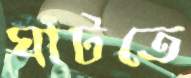
ঘাটতে